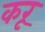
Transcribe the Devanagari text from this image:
करू